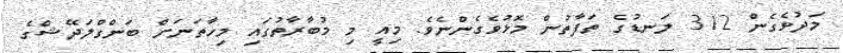
މަދުވެގެން 312 ލަނޑުގެ ތަފާތުން މޮޅުވެގެންނެވެ. މިއީ މި މުބާރާތުގައި މިހާތަނަށް ބަންގްލަދޭޝްގެ